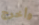
وأخرج